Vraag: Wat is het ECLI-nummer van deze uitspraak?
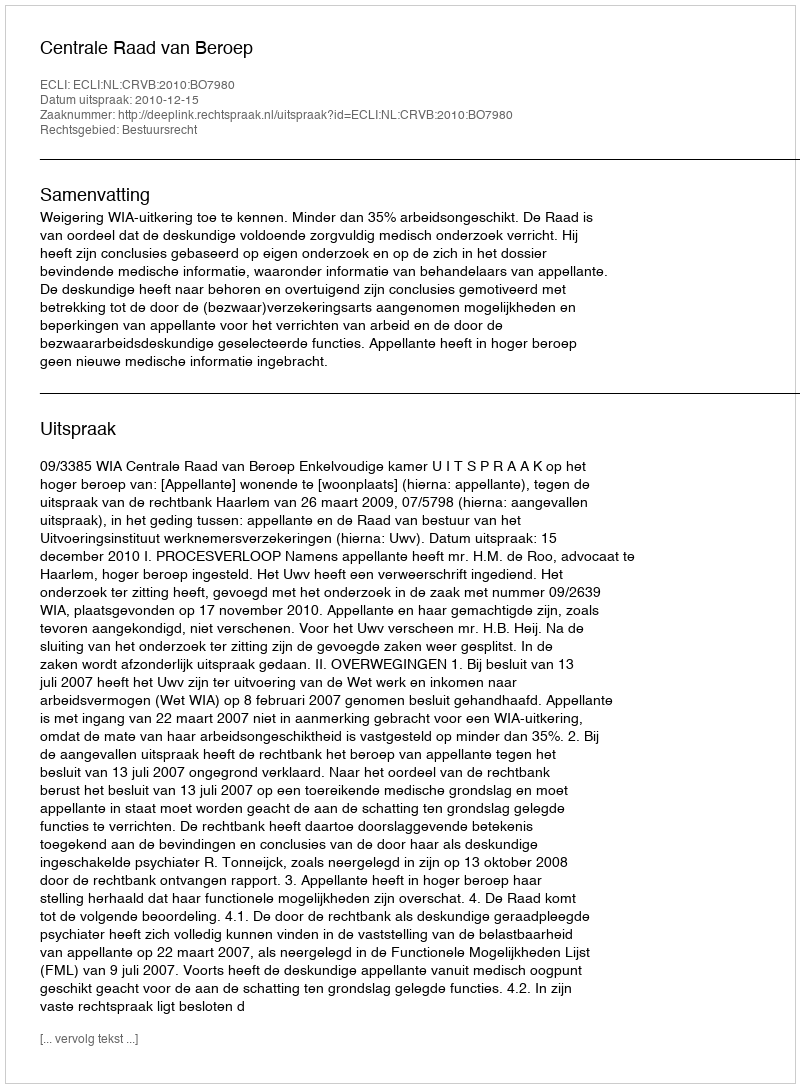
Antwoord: ECLI:NL:CRVB:2010:BO7980